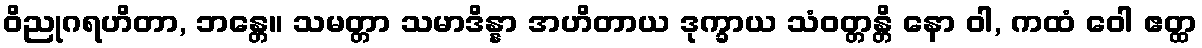
ဝိညုဂရဟိတာ, ဘန္တေ။ သမတ္တာ သမာဒိန္နာ အဟိတာယ ဒုက္ခာယ သံဝတ္တန္တိ နော ဝါ, ကထံ ဝေါ ဧတ္ထ